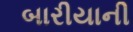
બારીયાની